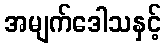
အမျက်ဒေါသနှင့်